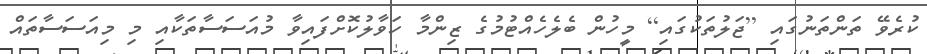
ކުރެވޭ ތަންތަނުގައި [ޖަލުތަކުގައި] މީހުން ބެެލެހެއްޓުމުގެ ޒިންމާ ހަވާލުކޮށްފައިވާ މުއަސަސާތަކާއި މި މިއަސަސާތައް